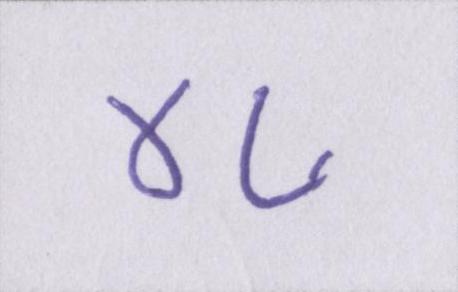
४८